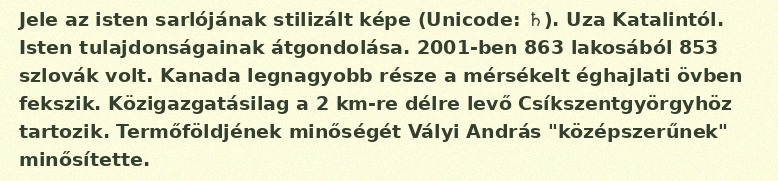
Jele az isten sarlójának stilizált képe (Unicode: ♄). Uza Katalintól. Isten tulajdonságainak átgondolása. 2001-ben 863 lakosából 853 szlovák volt. Kanada legnagyobb része a mérsékelt éghajlati övben fekszik. Közigazgatásilag a 2 km-re délre levő Csíkszentgyörgyhöz tartozik. Termőföldjének minőségét Vályi András "középszerűnek" minősítette.